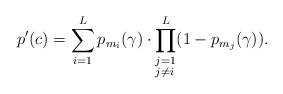
LaTeX: \begin{align*} p^\prime(c)=\sum_{i=1}^{L}p_{m_i}(\gamma)\cdot\underset{\begin{subarray}{ll}j=1\\j\neq i\end{subarray}}{\mathop{\prod^{L}}}(1-p_{m_j}(\gamma)). \end{align*}